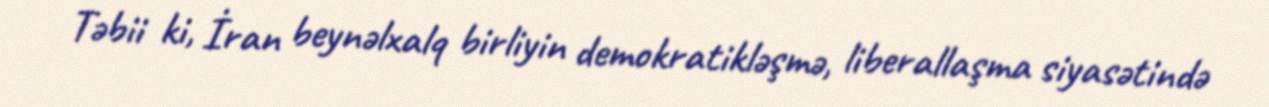
Təbii ki, İran beynəlxalq birliyin demokratikləşmə, liberallaşma siyasətində